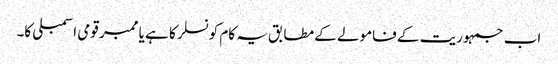
اب جمہوریت کے فامولے کے مطابق یہ کام کونسلر کا ہے یا ممبر قومی اسمبلی کا۔